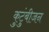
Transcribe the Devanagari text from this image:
कुटुंबीजन